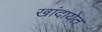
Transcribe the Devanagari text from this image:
खांदायेत